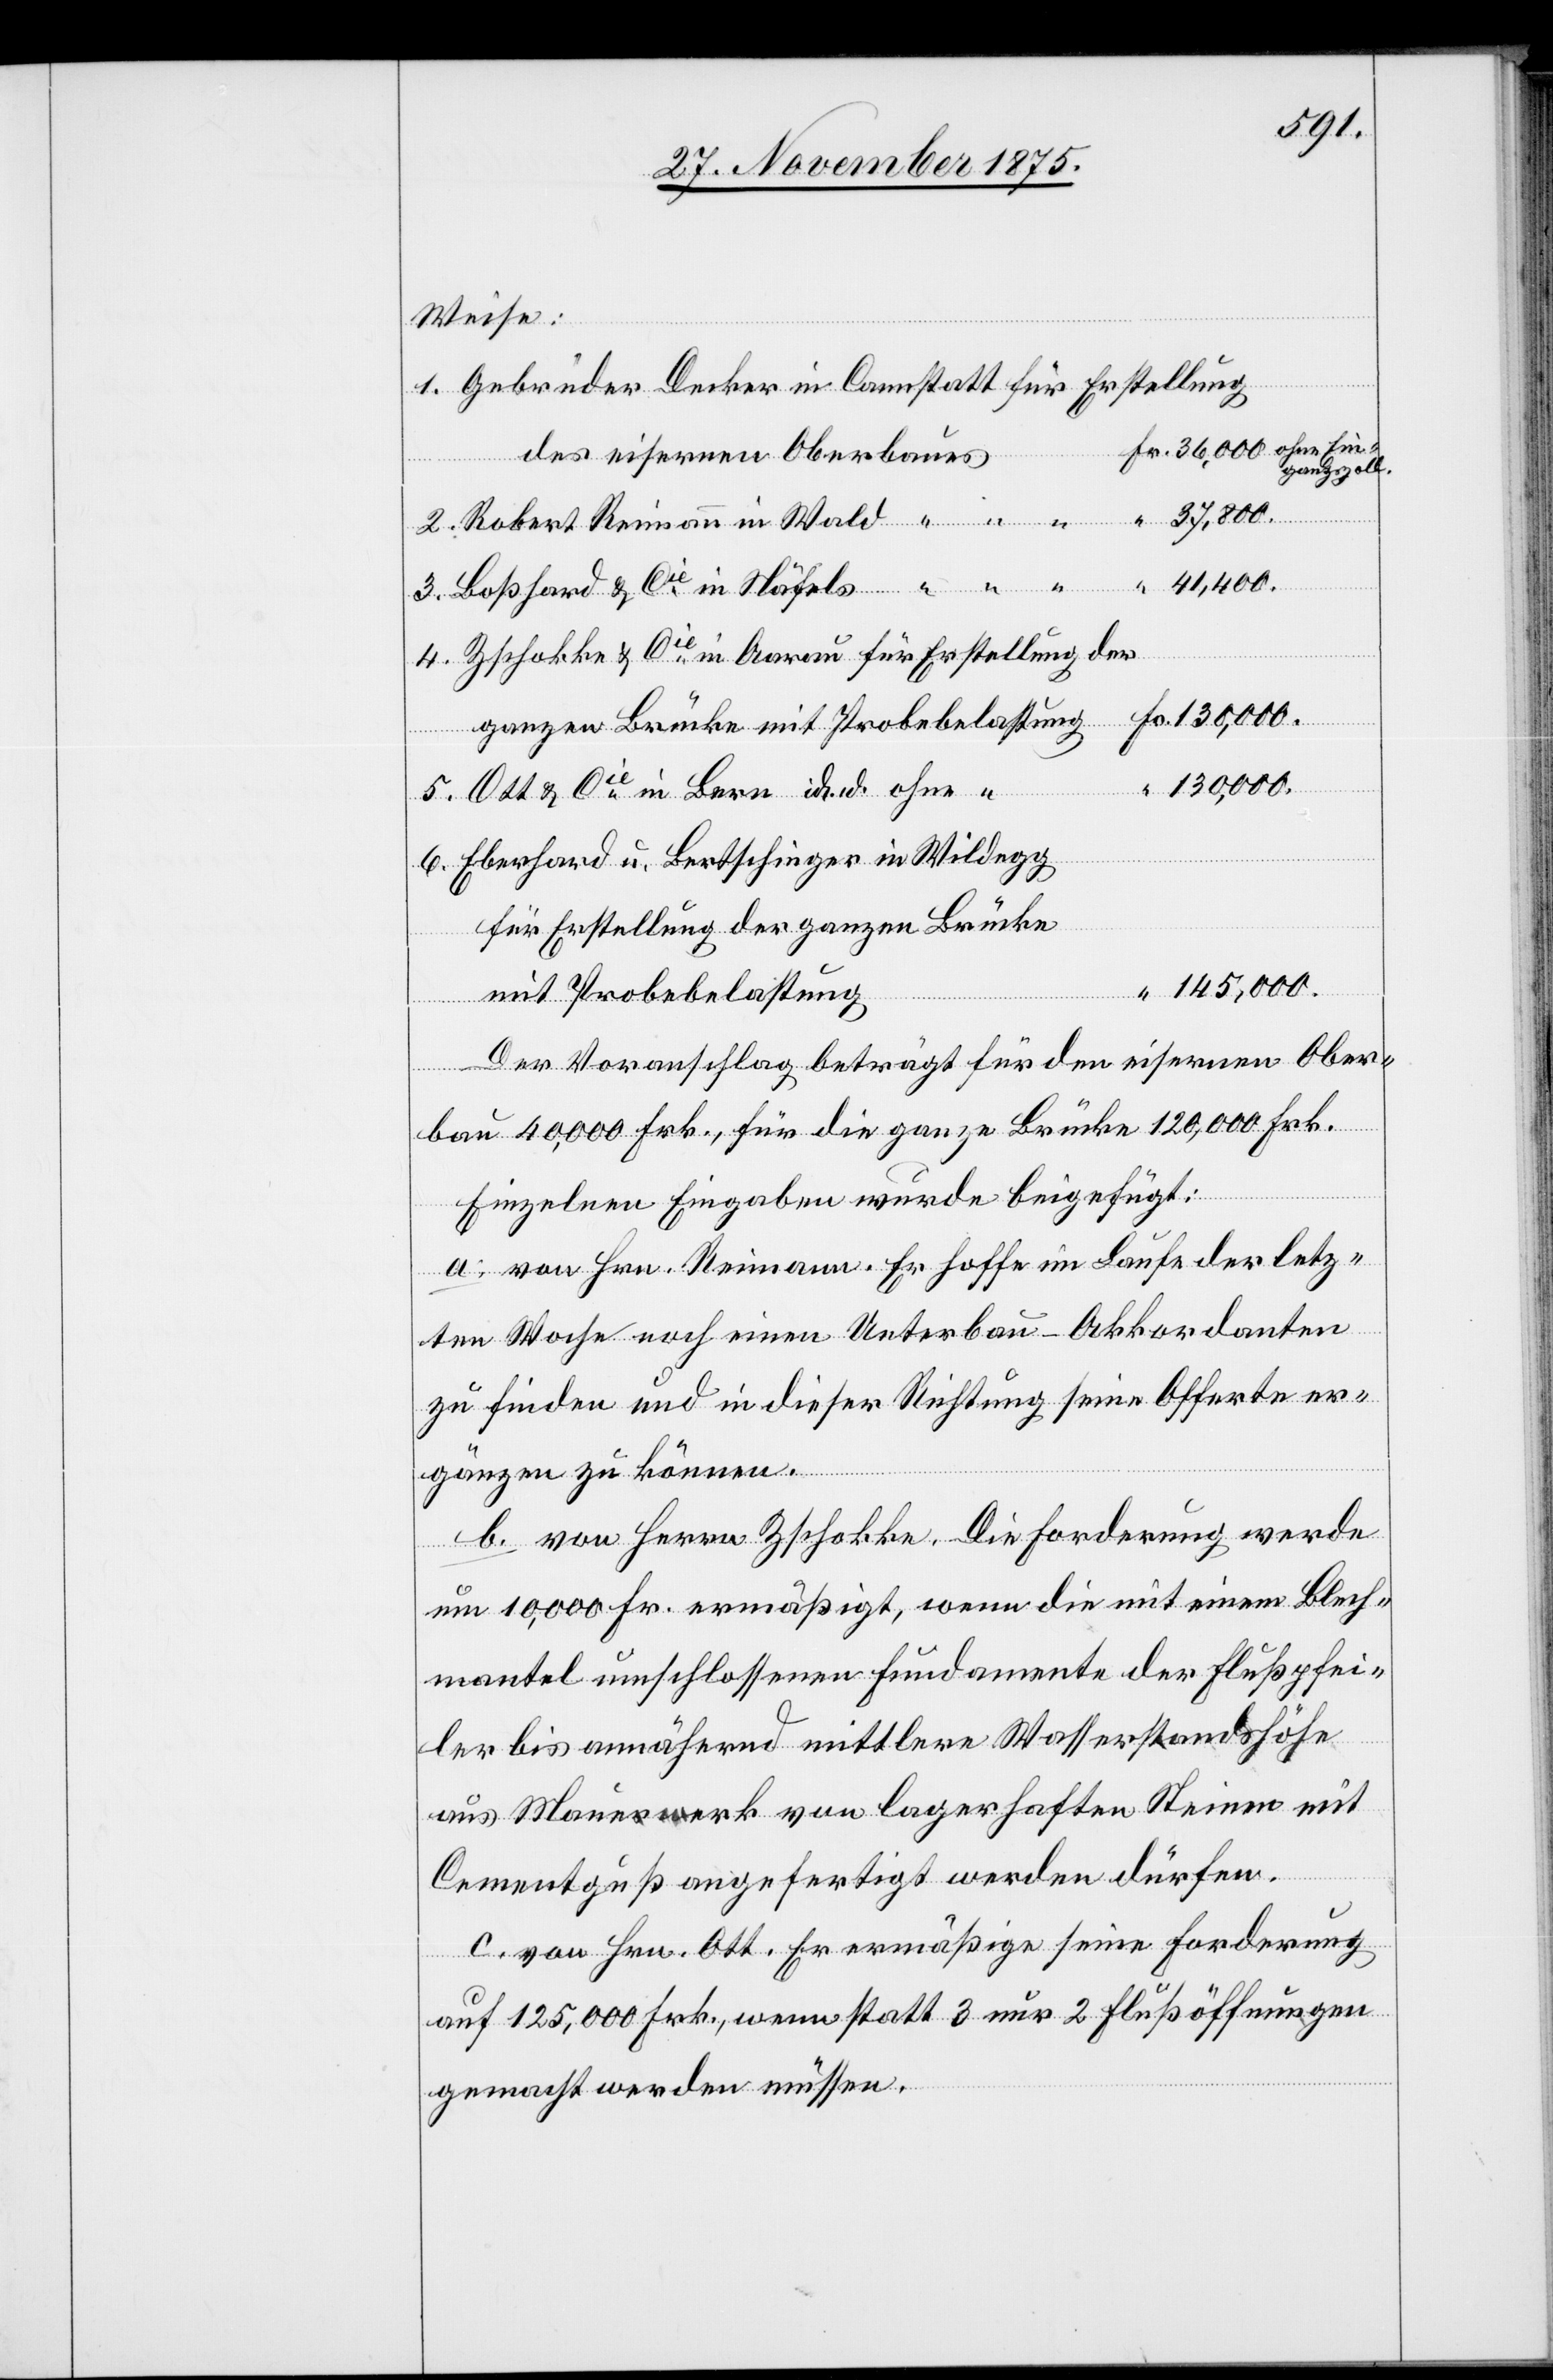
37,800.
Weise:
in
gangszoll
Bern
130,000.
Eberhard u. Bertschinger in Wildegg
für Erstellung der ganzen Brücke
145,000.
“
mit Probebelastung
“
Der Voranschlag beträgt für den eisernen Ober¬
bau 40,000 Frk., für die ganze Brücke 120,000 Frk.
Einzelnen Eingaben wurde beigefügt:
a. von Hrn. Reimann. Er hoffe im Laufe der letz¬
ten Woche noch einen Unterbau-Akkordanten
zu finden und in dieser Richtung seine Offerte er¬
gänzen zu können.
b. von Herrn Zschokke. Die Forderung werde
um 10,000 Fr. ermäßigt, wenn die mit einem Blech¬
mantel umschlossenen Fundamente der Flußpfei¬
ler bis annähernd mittlere Wasserstandshöhe
aus Mauerwerk von lagerhaften Steinen mit
Cementguß angefertigt werden dürfen.
c. von Hrn. Ott. Er ermäßige seine Forderung
auf 125,000 Frk., wenn statt 3 nur 2 Flußöffnungen
gemacht werden müssen.